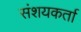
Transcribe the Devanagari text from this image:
संशयकर्ता